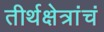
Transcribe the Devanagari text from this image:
तीर्थक्षेत्रांचं